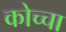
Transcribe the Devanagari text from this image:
कोच्चा